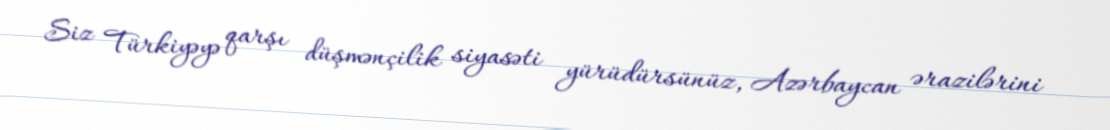
Siz Türkiyəyə qarşı düşmənçilik siyasəti yürüdürsünüz, Azərbaycan ərazilərini